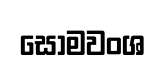
සෝමවංශ